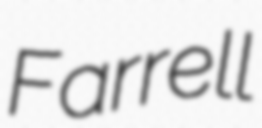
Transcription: Farrell